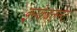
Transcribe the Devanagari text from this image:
इनकेबलनेट